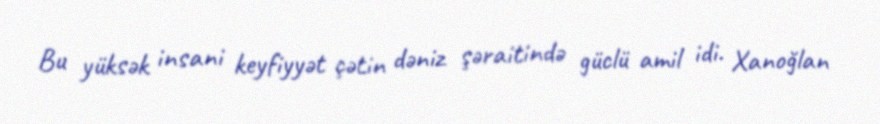
Bu yüksək insani keyfiyyət çətin dəniz şəraitində güclü amil idi. Xanoğlan